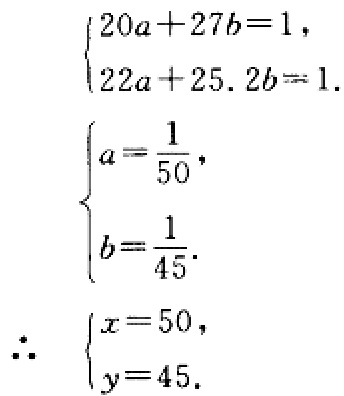
\[\begin{cases}
20a + 27b = 1,\\
22a + 25.2b = 1.
\end{cases}\]
\[\begin{cases}
a=\frac{1}{50},\\
b=\frac{1}{45}.
\end{cases}\]
\[\therefore \begin{cases}
x = 50,\\
y = 45.
\end{cases}\]